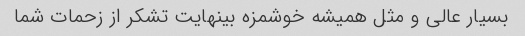
بسیار عالی و مثل همیشه خوشمزه بینهایت تشکر از زحمات شما